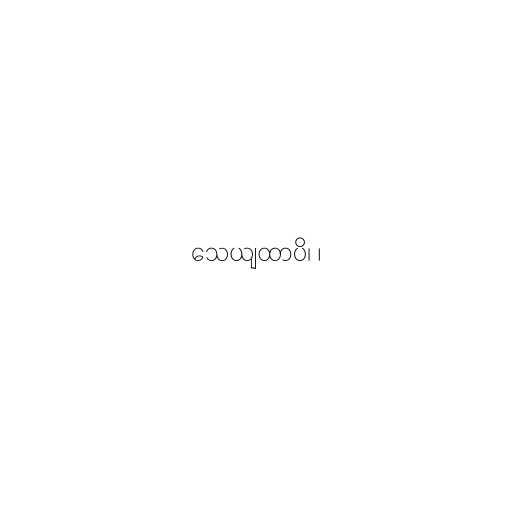
သေယျထာပိ၊ ၊